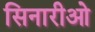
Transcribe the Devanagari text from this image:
सिनारीओ